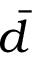
\bar { d }